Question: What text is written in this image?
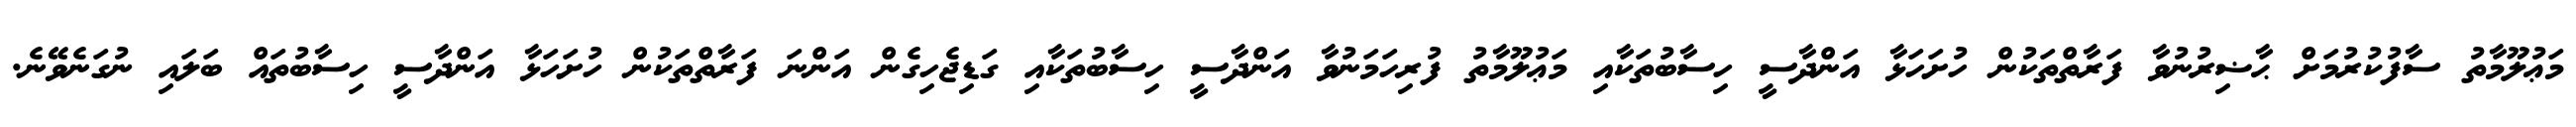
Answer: މަޢުލޫމާތު ސާފުކުރުމަށް ޙާޟިރުނުވާ ފަރާތްތަކުން ހުށަހަޅާ އަންދާސީ ހިސާބުތަކާއި މަޢުލޫމާތު ފުރިހަމަނުވާ އަންދާސީ ހިސާބުތަކާއި ގަޑިޖެހިގެން އަންނަ ފަރާތްތަކުން ހުށަހަޅާ އަންދާސީ ހިސާބުތައް ބަލައި ނުގަނެވޭނެ.